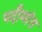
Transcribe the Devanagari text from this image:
पदीमांत